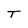
Character: T